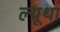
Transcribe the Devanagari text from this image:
ल्यूथा